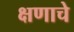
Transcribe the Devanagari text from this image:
क्षणाचे